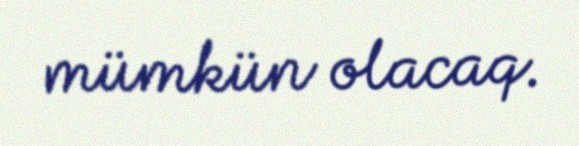
mümkün olacaq.